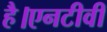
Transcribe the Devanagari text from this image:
है।एनटीवी